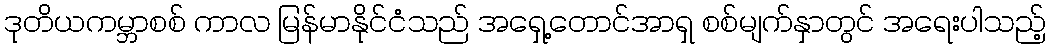
ဒုတိယကမ္ဘာစစ် ကာလ မြန်မာနိုင်ငံသည် အရှေ့တောင်အာရှ စစ်မျက်နှာတွင် အရေးပါသည့်